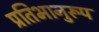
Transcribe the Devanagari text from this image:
प्रतिभानुरूप